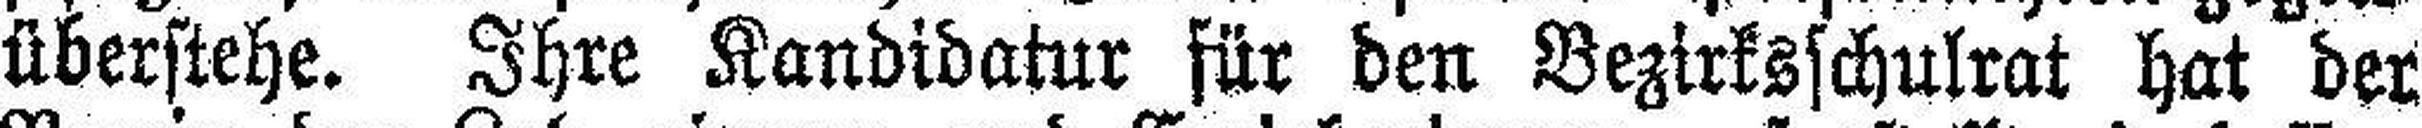
überstehe. Ihre Kandidatur für den Bezirksschulrat hat der